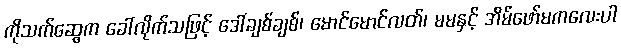
ကိုသက်ဆွေက ခေါ်လိုက်သဖြင့် ဒေါ်ချစ်ချစ်၊ မောင်မောင်လတ်၊ မမနှင့် အိမ်ဖော်မကလေးပါ